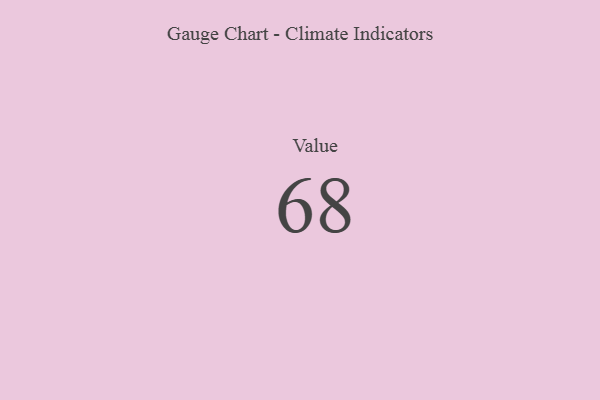
{"axis": {"x": "Metric", "y": "Value"}, "legend": [""], "data": [{"x": "Value", "y": 68, "type": ""}]}